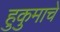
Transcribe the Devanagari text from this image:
हुकुमाचे